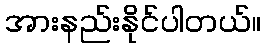
အားနည်းနိုင်ပါတယ်။